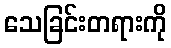
သေခြင်းတရားကို